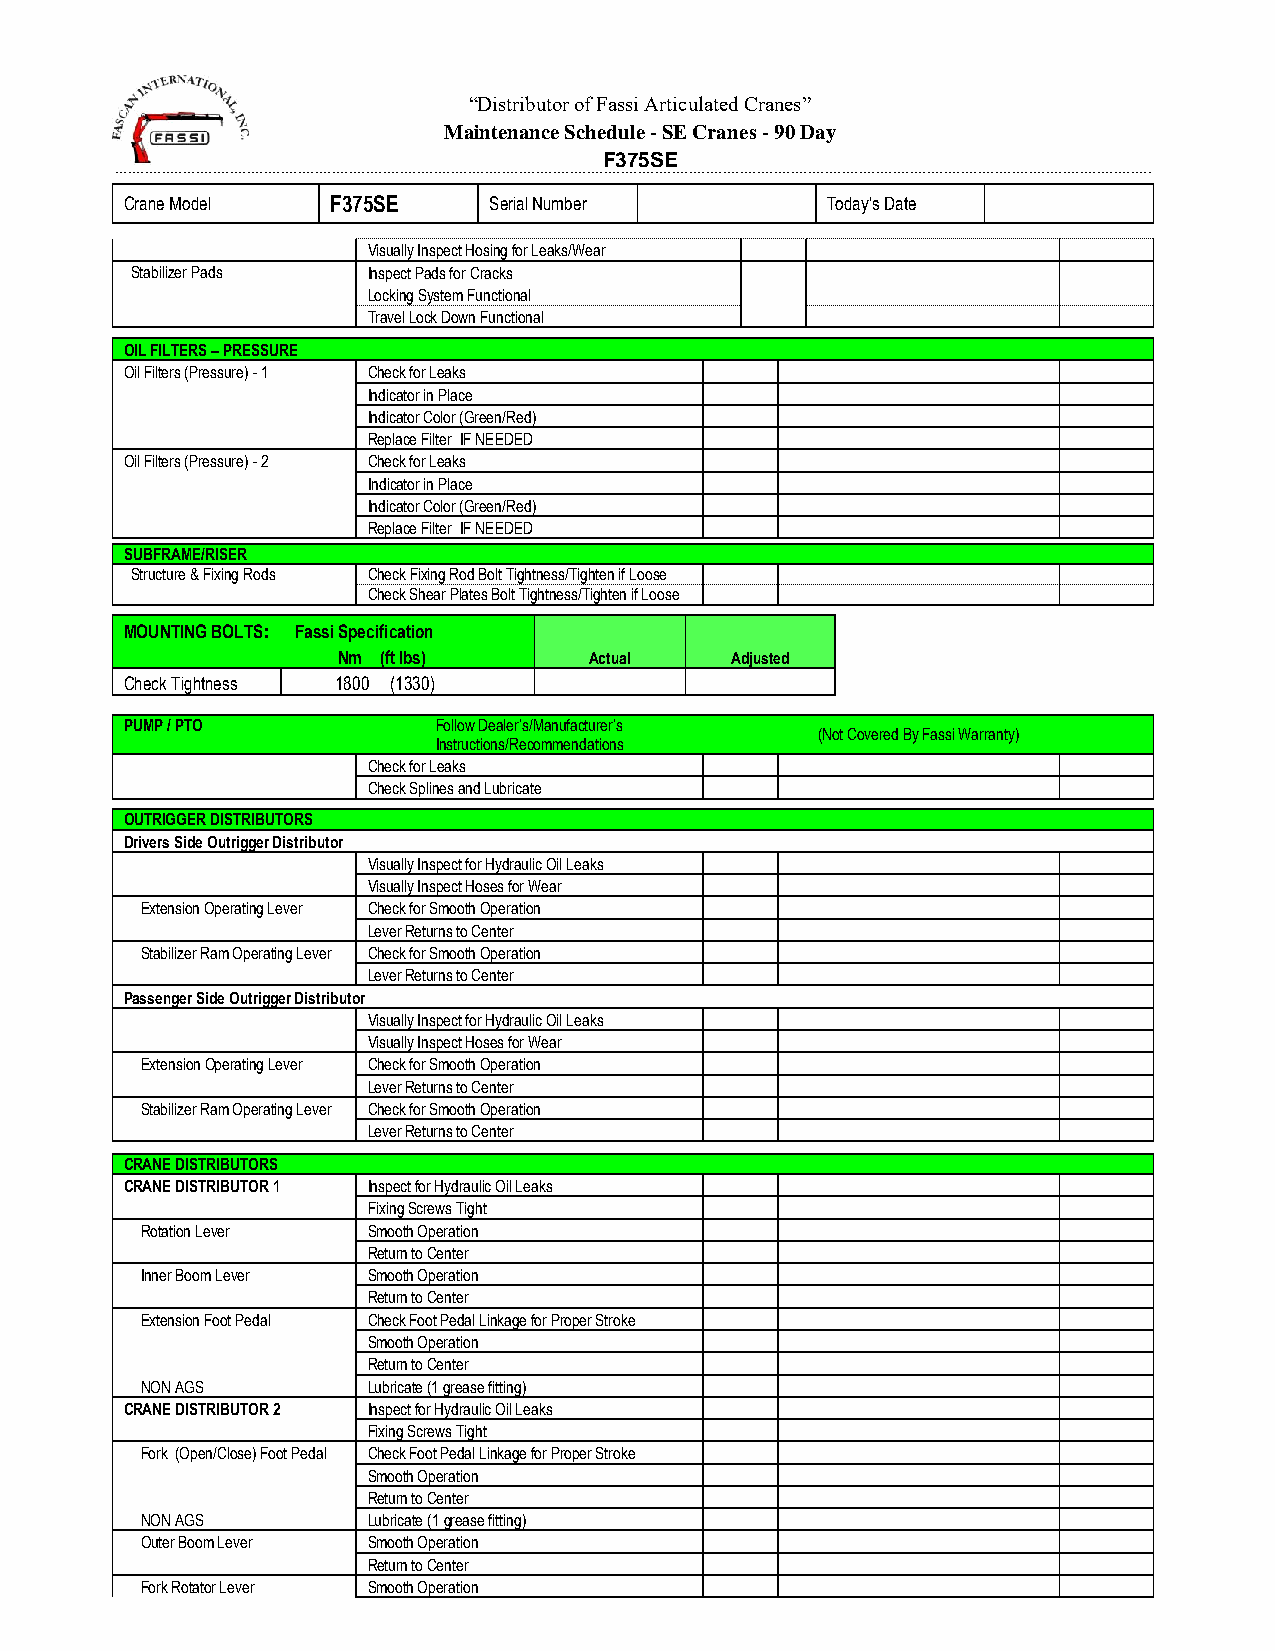
“Distributor of Fassi Articulated Cranes”
 Maintenance Schedule - SE Cranes - 90 Day
 F375SE
 ____________________________________________________________________________________________________________________________________________________________________________________________________________________________________________________
 Crane Model   F375SE    Serial Number          Today's Date
 Visually Inspect Hosing for Leaks/Wear
 Stabilizer Pads Inspect Pads for Cracks
 Locking System Functional
 Travel Lock Down Functional
 OIL FILTERS – PRESSURE
 Oil Filters (Pressure) - 1 Check for Leaks
 Indicator in Place
 Indicator Color (Green/Red)
 Replace Filter IF NEEDED
 Oil Filters (Pressure) - 2 Check for Leaks
 Indicator in Place
 Indicator Color (Green/Red)
 Replace Filter IF NEEDED
 SUBFRAME/RISER
 Structure & Fixing Rods Check Fixing Rod Bolt Tightness/Tighten if Loose
 Check Shear Plates Bolt Tightness/Tighten if Loose
 MOUNTING BOLTS: Fassi Specification
 Nm (ft lbs)      Actual   Adjusted
 Check Tightness 1800 (1330)
 PUMP / PTO           Follow Dealer’s/Manufacturer’s
 (Not Covered By Fassi Warranty)
 Instructions/Recommendations
 Check for Leaks
 Check Splines and Lubricate
 OUTRIGGER DISTRIBUTORS
 Drivers Side Outrigger Distributor
 Visually Inspect for Hydraulic Oil Leaks
 Visually Inspect Hoses for Wear
 Extension Operating Lever Check for Smooth Operation
 Lever Returns to Center
 Stabilizer Ram Operating Lever Check for Smooth Operation
 Lever Returns to Center
 Passenger Side Outrigger Distributor
 Visually Inspect for Hydraulic Oil Leaks
 Visually Inspect Hoses for Wear
 Extension Operating Lever Check for Smooth Operation
 Lever Returns to Center
 Stabilizer Ram Operating Lever Check for Smooth Operation
 Lever Returns to Center
 CRANE DISTRIBUTORS
 CRANE DISTRIBUTOR 1 Inspect for Hydraulic Oil Leaks
 Fixing Screws Tight
 Rotation Lever Smooth Operation
 Return to Center
 Inner Boom Lever Smooth Operation
 Return to Center
 Extension Foot Pedal Check Foot Pedal Linkage for Proper Stroke
 Smooth Operation
 Return to Center
 NON AGS        Lubricate (1 grease fitting)
 CRANE DISTRIBUTOR 2 Inspect for Hydraulic Oil Leaks
 Fixing Screws Tight
 Fork (Open/Close) Foot Pedal Check Foot Pedal Linkage for Proper Stroke
 Smooth Operation
 Return to Center
 NON AGS        Lubricate (1 grease fitting)
 Outer Boom Lever Smooth Operation
 Return to Center
 Fork Rotator Lever Smooth Operation